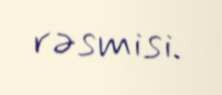
rəsmisi.